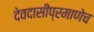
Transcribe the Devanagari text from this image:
देवदासींप्रमाणेच